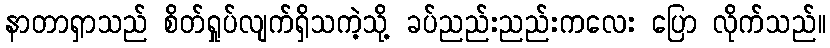
နာတာရှာသည် စိတ်ရှုပ်လျက်ရှိသကဲ့သို့ ခပ်ညည်းညည်းကလေး ပြော လိုက်သည်။